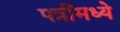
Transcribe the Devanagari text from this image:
पत्रींमध्ये